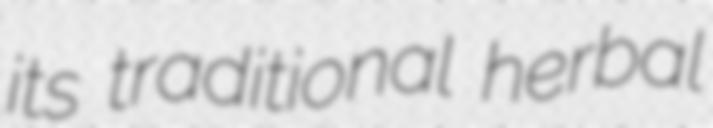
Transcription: its traditional herbal